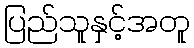
ပြည်သူနှင့်အတူ